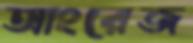
আংরেজ